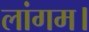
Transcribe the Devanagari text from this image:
लांगम।